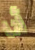
أنا